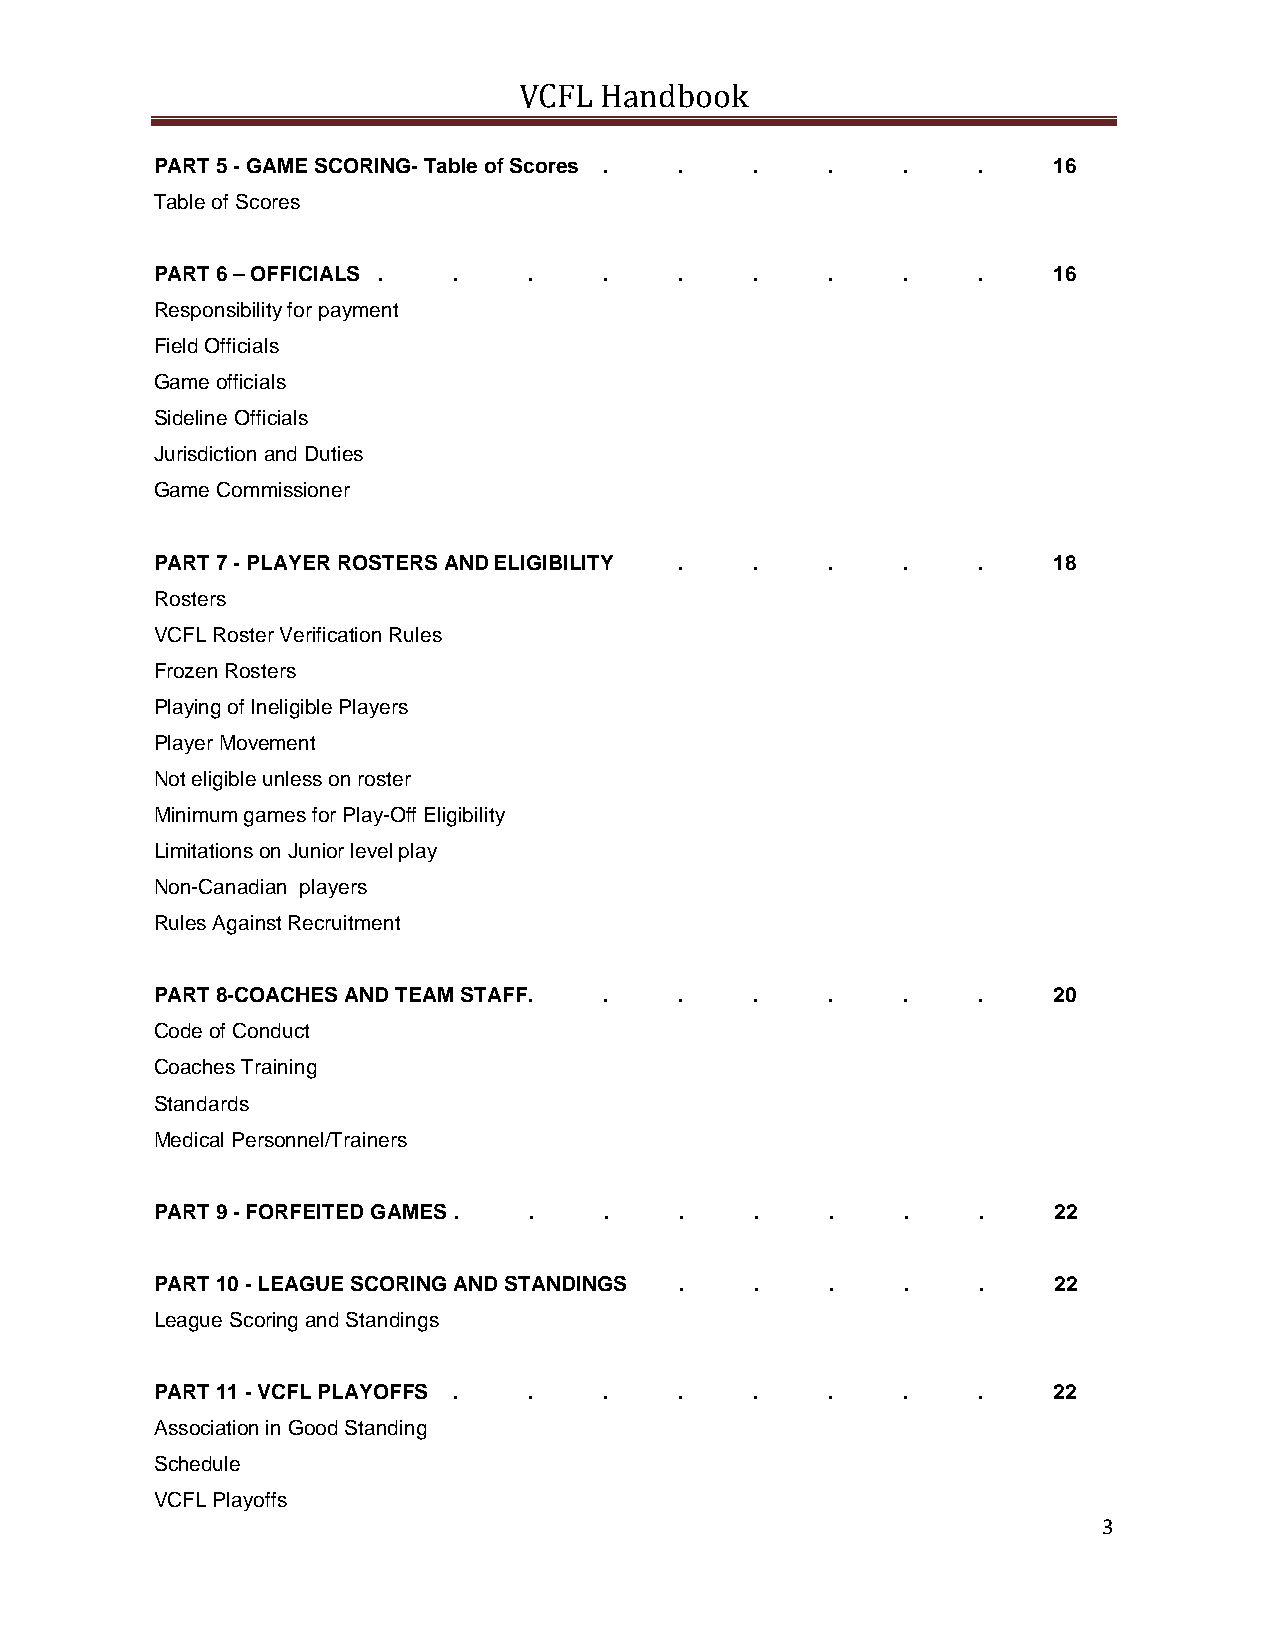
VCFL  Handbook
 PART 5 - GAME SCORING- Table of Scores . . . .    .    .    16
 Table of Scores
 PART 6 – OFFICIALS . .   .    .    .    .    .    .    .    16
 Responsibility for payment
 Field Officials
 Game officials
 Sideline Officials
 Jurisdiction and Duties
 Game Commissioner
 PART 7 - PLAYER ROSTERS AND ELIGIBILITY . .  .    .    .    18
 Rosters
 VCFL Roster Verification Rules
 Frozen Rosters
 Playing of Ineligible Players
 Player Movement
 Not eligible unless on roster
 Minimum games for Play-Off Eligibility
 Limitations on Junior level play
 Non-Canadian players
 Rules Against Recruitment
 PART 8-COACHES AND TEAM STAFF . .  .    .    .    .    .    20
 Code of Conduct
 Coaches Training
 Standards
 Medical Personnel/Trainers
 PART 9 - FORFEITED GAMES . .  .    .    .    .    .    .    22
 PART 10 - LEAGUE SCORING AND STANDINGS . .   .    .    .    22
 League Scoring and Standings
 PART 11 - VCFL PLAYOFFS . .   .    .    .    .    .    .    22
 Association in Good Standing
 Schedule
 VCFL Playoffs
 3